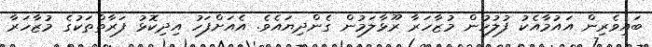
ބައިވެރިން އައުމާއެކު ފުލުހުން މުޒާހަރާ ރޫޅާލަމުން ގެންދިޔައެވެ. އެއަށްފަހު އިދިކޮޅު ފަރާތްތަކުގެ މުޒާހަރާ